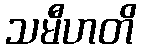
သမီဟတိ